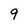
Character: 9